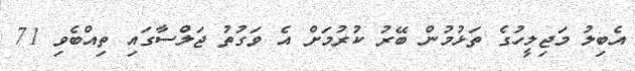
އެބިލު މަޖިލީހުގެ ތަޅުމުން ބޭރު ކުރުމަށް އެ ވަގުތު ޖަލްސާގައި ތިއްބެވި 71